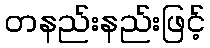
တနည်းနည်းဖြင့်